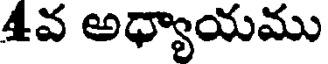
4వ అధ్యాయము